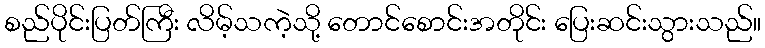
စည်ပိုင်းပြတ်ကြီး လိမ့်သကဲ့သို့ တောင်စောင်းအတိုင်း ပြေးဆင်းသွားသည်။